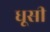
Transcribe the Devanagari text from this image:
धूसी